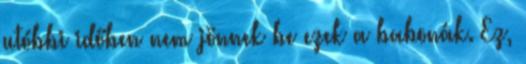
utóbbi időben nem jönnek be ezek a babonák. Ez,